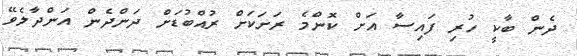
ދެން ބާކީ ހުރި ފައިސާ އަށް ކޮންމެ ރަށަަކަށް ރުއްބުޑަށް ދަންދެން އަންދާލެވޭ